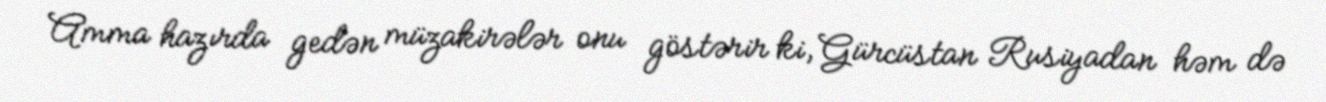
Amma hazırda gedən müzakirələr onu göstərir ki, Gürcüstan Rusiyadan həm də